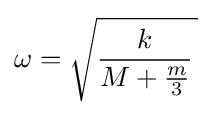
\omega ={\sqrt {{\frac {k}{M+{\frac {m}{3}}}}\,}}